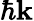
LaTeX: \hbar\boldsymbol{\mathbf{k}}